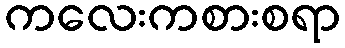
ကလေးကစားစရာ